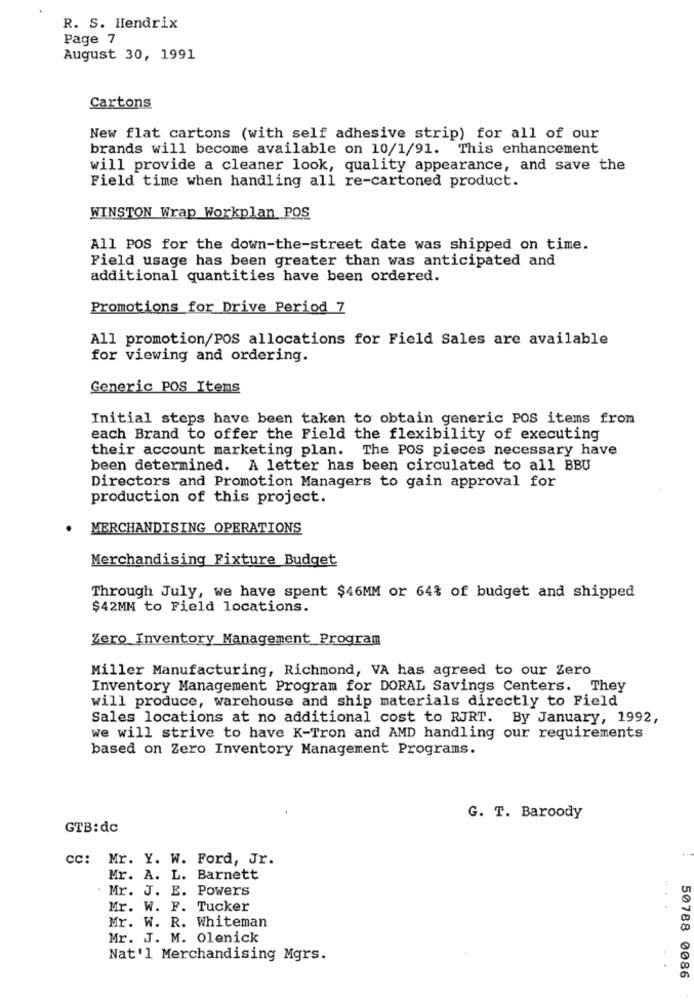
R. S. Hendrix
Page 7
August 30, 1991
Cartons
New flat cartons (with self adhesive strip) for all of our
brands will become available on 10/1/91. This enhancement
will provide a cleaner look, quality appearance, and save the
Field time when handling all re-cartoned product.
WINSTON Wrap Workplan POS
All POS for the down-the-street date was shipped on time.
Field usage has been greater than was anticipated and
additional quantities have been ordered.
Promotions for Drive Period 7
All promotion/POS allocations for Field Sales are available
for viewing and ordering.
Generic POS Itens
Initial steps have been taken to obtain generic POS items from
each Brand to offer the Field the flexibility of executing
their account marketing plan. The POS pieces necessary have
been determined. A letter has been circulated to all BBU
Directors and Promotion Managers to gain approval for
production of this project.
MERCHANDISING OPERATIONS
Merchandising Fixture Budget
Through July, we have spent $46MM or 64% of budget and shipped
$42MM to Field locations.
Zero Inventory Management Program
Miller Manufacturing, Richmond, VA has agreed to our Zero
Inventory Management Program for DORAL Savings Centers. They
will produce, warehouse and ship materials directly to Field
Sales locations at no additional cost to RJRT. By January, 1992,
we will strive to have K-Tron and AMD handling our requirements
based on Zero Inventory Management Programs.
G. T. Baroody
GTB:dc
CC: Mr. Y. W. Ford, Jr.
Mr. A. L. Barnett
. Mr. J. E. Powers
Mr. W. F. Tucker
Mr. W. R. Whiteman
Mr. J. M. Olenick
Nat'l Merchandising Mgrs.
50788 0086